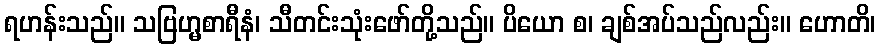
ရဟန်းသည်။ သဗြဟ္မစာရီနံ၊ သီတင်းသုံးဖော်တို့သည်။ ပိယော စ၊ ချစ်အပ်သည်လည်း။ ဟောတိ၊